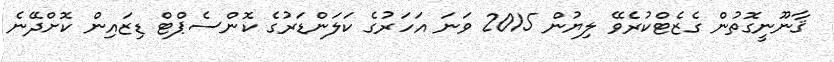
ޤާނޫނީގޮތުން ގެޒެޓްކުރެވޭ ލިޔުން 2015 ވަނަ އަހަރުގެ ކަަލަންޑަރުގެ ކޮންސެޕްޓް ޑިޒައިން ކޮށްދޭނެ